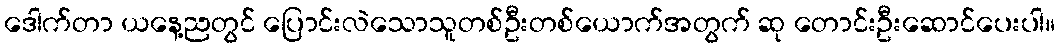
ဒေါက်တာ ယနေ့ညတွင် ပြောင်းလဲသောသူတစ်ဦးတစ်ယောက်အတွက် ဆု တောင်းဦးဆောင်ပေးပါ။